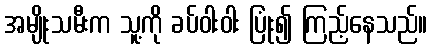
အမျိုးသမီးက သူ့ကို ခပ်ဝါးဝါး ပြုံး၍ ကြည့်နေသည်။